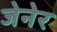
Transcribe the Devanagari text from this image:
जेनेर